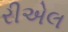
રીએલ